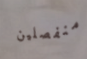
منفصلين